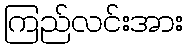
ကြည်လင်းအား